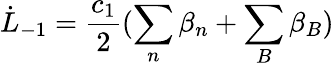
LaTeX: \dot{L}_{-1}=\frac{c_{1}}{2}(\sum_{n}\beta_{n}+\sum_{B}\beta_{B})